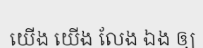
យើង យើង លែង ឯង ឲ្យ